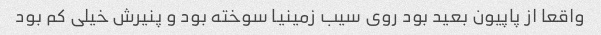
واقعا از پاپیون بعید بود روی سیب زمینیا سوخته بود و پنیرش خیلی کم بود